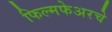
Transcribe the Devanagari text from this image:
फिल्मफेअरचे